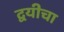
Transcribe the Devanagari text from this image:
द्वयीचा